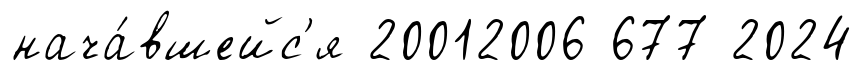
нача́вшейс'я 20012006 677 2024